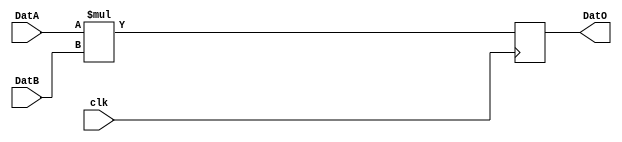
//==================================================================================================
//  Revision      : 
//  Company       : Instituto Tecnologico de Costa Rica
//
//  Description   : 
//
//
//==================================================================================================

`timescale 1ns / 1ps

module mult2
    //#(parameter SW = 24, parameter precision = 0)
    #(parameter SW = 24)
    (
    input wire clk,
    input wire [SW-1:0] DatA,
    input wire [SW-1:0] DatB,
    output reg [2*SW-1:0] DatO
    );

always @(posedge clk) begin
    DatO = DatA *DatB ;
end

endmodule